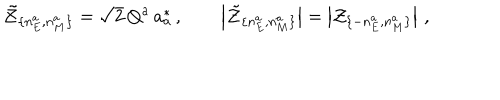
LaTeX: \tilde { \cal Z } _ { \{ n _ { E } ^ { a } , n _ { M } ^ { a } \} } = \sqrt { 2 } \, Q ^ { a } \, a _ { a } ^ { * } \, , \qquad \left| \tilde { \cal Z } _ { \{ n _ { E } ^ { a } , n _ { M } ^ { a } \} } \right| = \left| { \cal Z } _ { \{ - n _ { E } ^ { a } , n _ { M } ^ { a } \} } \right| \, ,